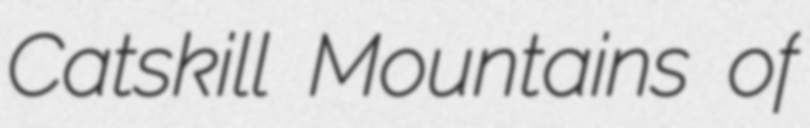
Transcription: Catskill Mountains of